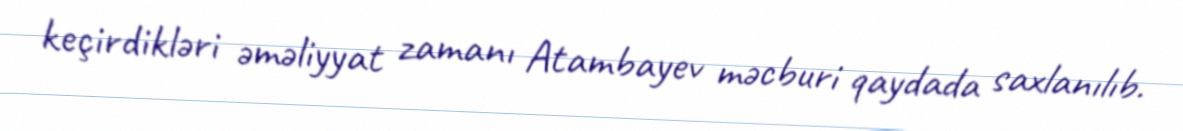
keçirdikləri əməliyyat zamanı Atambayev məcburi qaydada saxlanılıb.